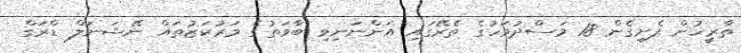
ތާރީޚުން ފެށިގެން 18 މަސްދުވަހުގެ ތެރޭގައި އަންނަނިވި ބާވަތުގެ މަރުކަޒުތައް ނޭޝަނަލް ޑްރަގް